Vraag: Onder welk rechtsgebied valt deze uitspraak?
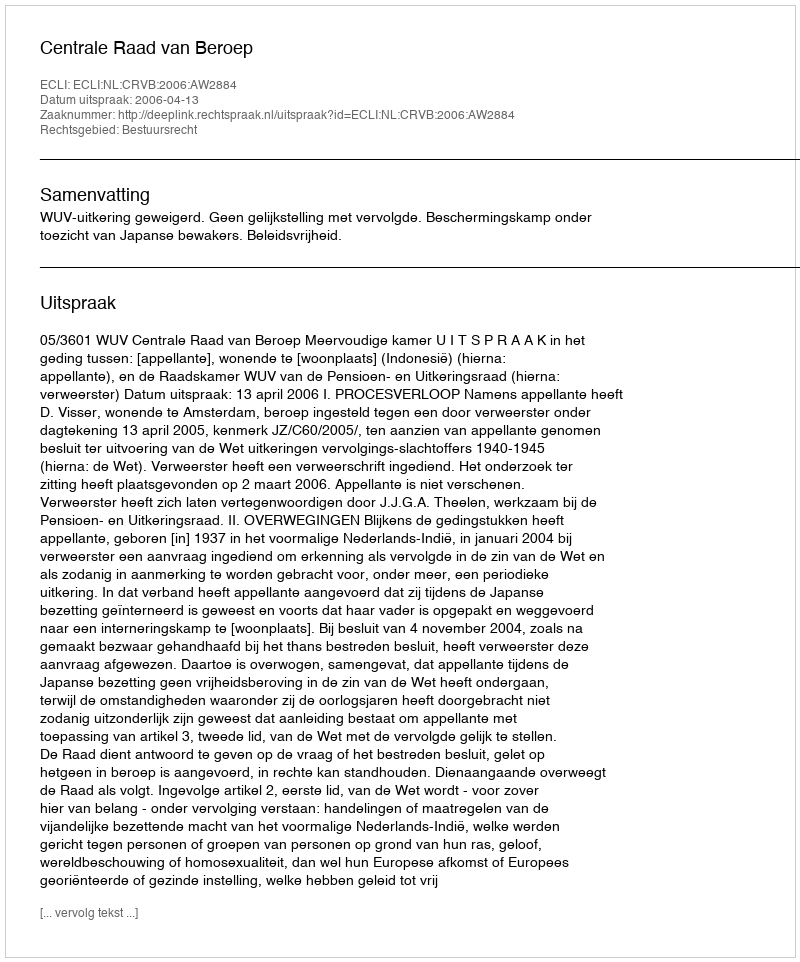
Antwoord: Bestuursrecht